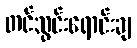
တင်သွင်းရောင်းချ